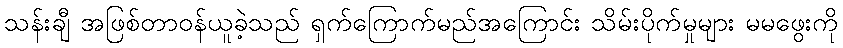
သန်းချီ အဖြစ်တာဝန်ယူခဲ့သည် ရှက်ကြောက်မည်အကြောင်း သိမ်းပိုက်မှုများ မမဖွေးကို